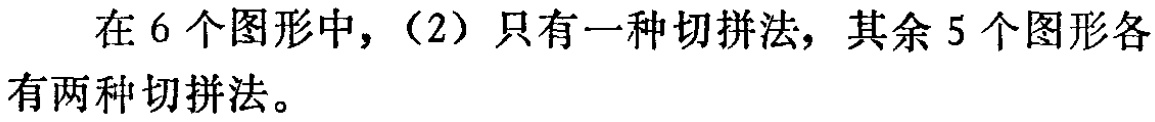
在6个图形中，（2）只有一种切拼法，其余5个图形各有两种切拼法。